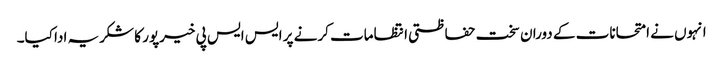
انہوں نے امتحانات کے دوران سخت حفاظتی انتظامات کرنے پر ایس ایس پی خیرپور کا شکریہ ادا کیا۔